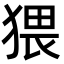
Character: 猥